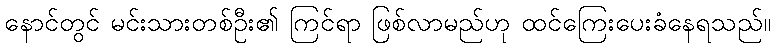
နောင်တွင် မင်းသားတစ်ဦး၏ ကြင်ရာ ဖြစ်လာမည်ဟု ထင်ကြေးပေးခံနေရသည်။